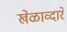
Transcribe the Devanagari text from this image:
खेळाव्दारे